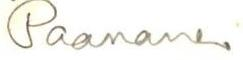
Paananen